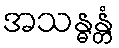
အသန္ဓန္တံ